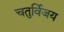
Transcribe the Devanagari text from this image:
चतुर्विजय